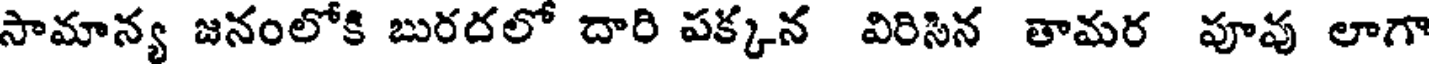
సామాన్య జనంలోకి బురదలో దారి పక్కన విరిసిన తామర పూవు లాగా